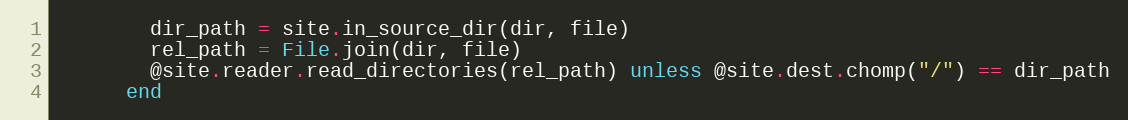
Language: Ruby
        dir_path = site.in_source_dir(dir, file)
        rel_path = File.join(dir, file)
        @site.reader.read_directories(rel_path) unless @site.dest.chomp("/") == dir_path
      end